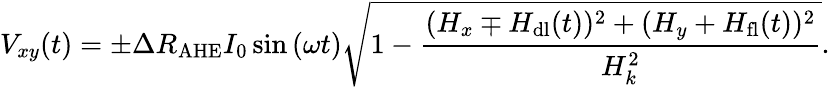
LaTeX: V_{xy}(t)=\pm\Delta R_{\mathrm{AHE}}I_{0}\sin{(\omega t)}\sqrt{1-\frac{(H_{x}\mp H_{\mathrm{dl}}(t))^{2}+(H_{y}+H_{\mathrm{fl}}(t))^{2}}{H_{k}^{2}}}.